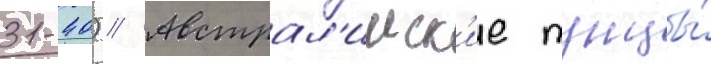
31-40) // Австрал'ииск'ие тунцы́